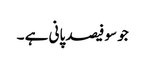
جو سو فیصد پانی ہے ۔